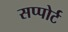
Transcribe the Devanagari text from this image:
सप्पोर्ट